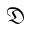
\mathfrak { D }